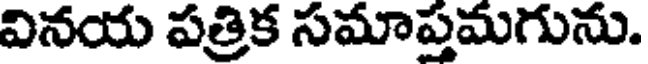
వినయ పత్రిక సమాప్తమగును.